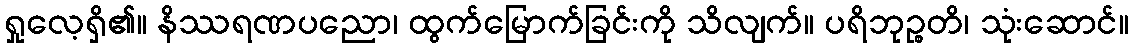
ရှုလေ့ရှိ၏။ နိဿရဏပညော၊ ထွက်မြောက်ခြင်းကို သိလျက်။ ပရိဘုဉ္စတိ၊ သုံးဆောင်။